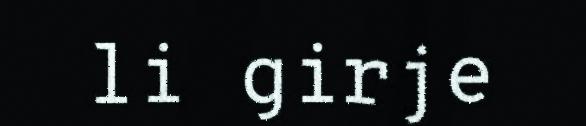
li girje